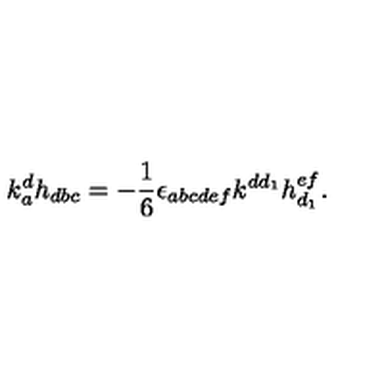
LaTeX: k _ { a } ^ { d } h _ { d b c } = - { \frac { 1 } { 6 } } \epsilon _ { a b c d e f } k ^ { d d _ { 1 } } h _ { d _ { 1 } } ^ { e f } .